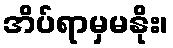
အိပ်ရာမှမနိုး၊